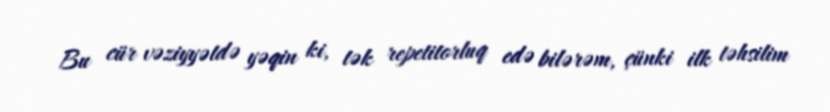
Bu cür vəziyyətdə yəqin ki, tək repetitorluq edə bilərəm, çünki ilk təhsilim